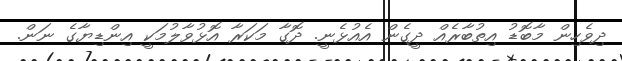
ދިވެހިން މާބޮޑު އިތުބާރެއް ދީގެން އެއުޅެނީ. ދޮގާ މަކަރާ އޮޅުވާލުމަކީ އިންޑިޔާގެ ނަން.